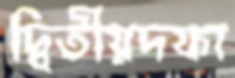
দ্বিতীয়দফা